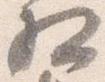
相